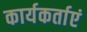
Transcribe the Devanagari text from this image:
कार्यकर्ताएं